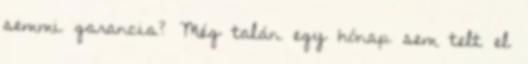
semmi garancia? Még talán egy hónap sem telt el